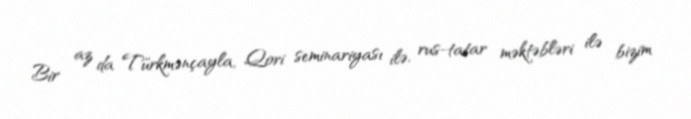
Bir az da Türkmənçayla, Qori seminariyası ilə, rus-tatar məktəbləri ilə bizim